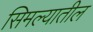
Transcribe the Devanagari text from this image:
सिमल्यातील